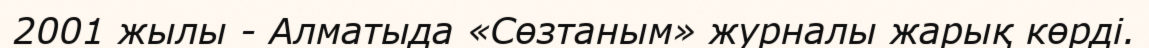
2001 жылы - Алматыда «Сөзтаным» журналы жарық көрді.